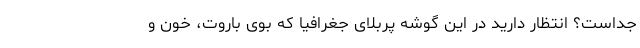
جداست؟ انتظار دارید در این گوشه پربلای جغرافیا که بوی باروت، خون و